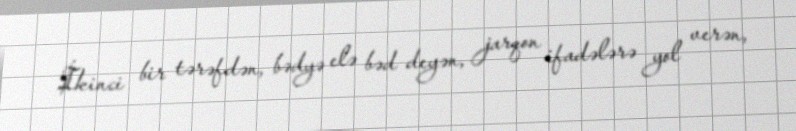
İkinci bir tərəfdən, bədyə elə bəd deyən, jarqon ifadələrə yol verən,